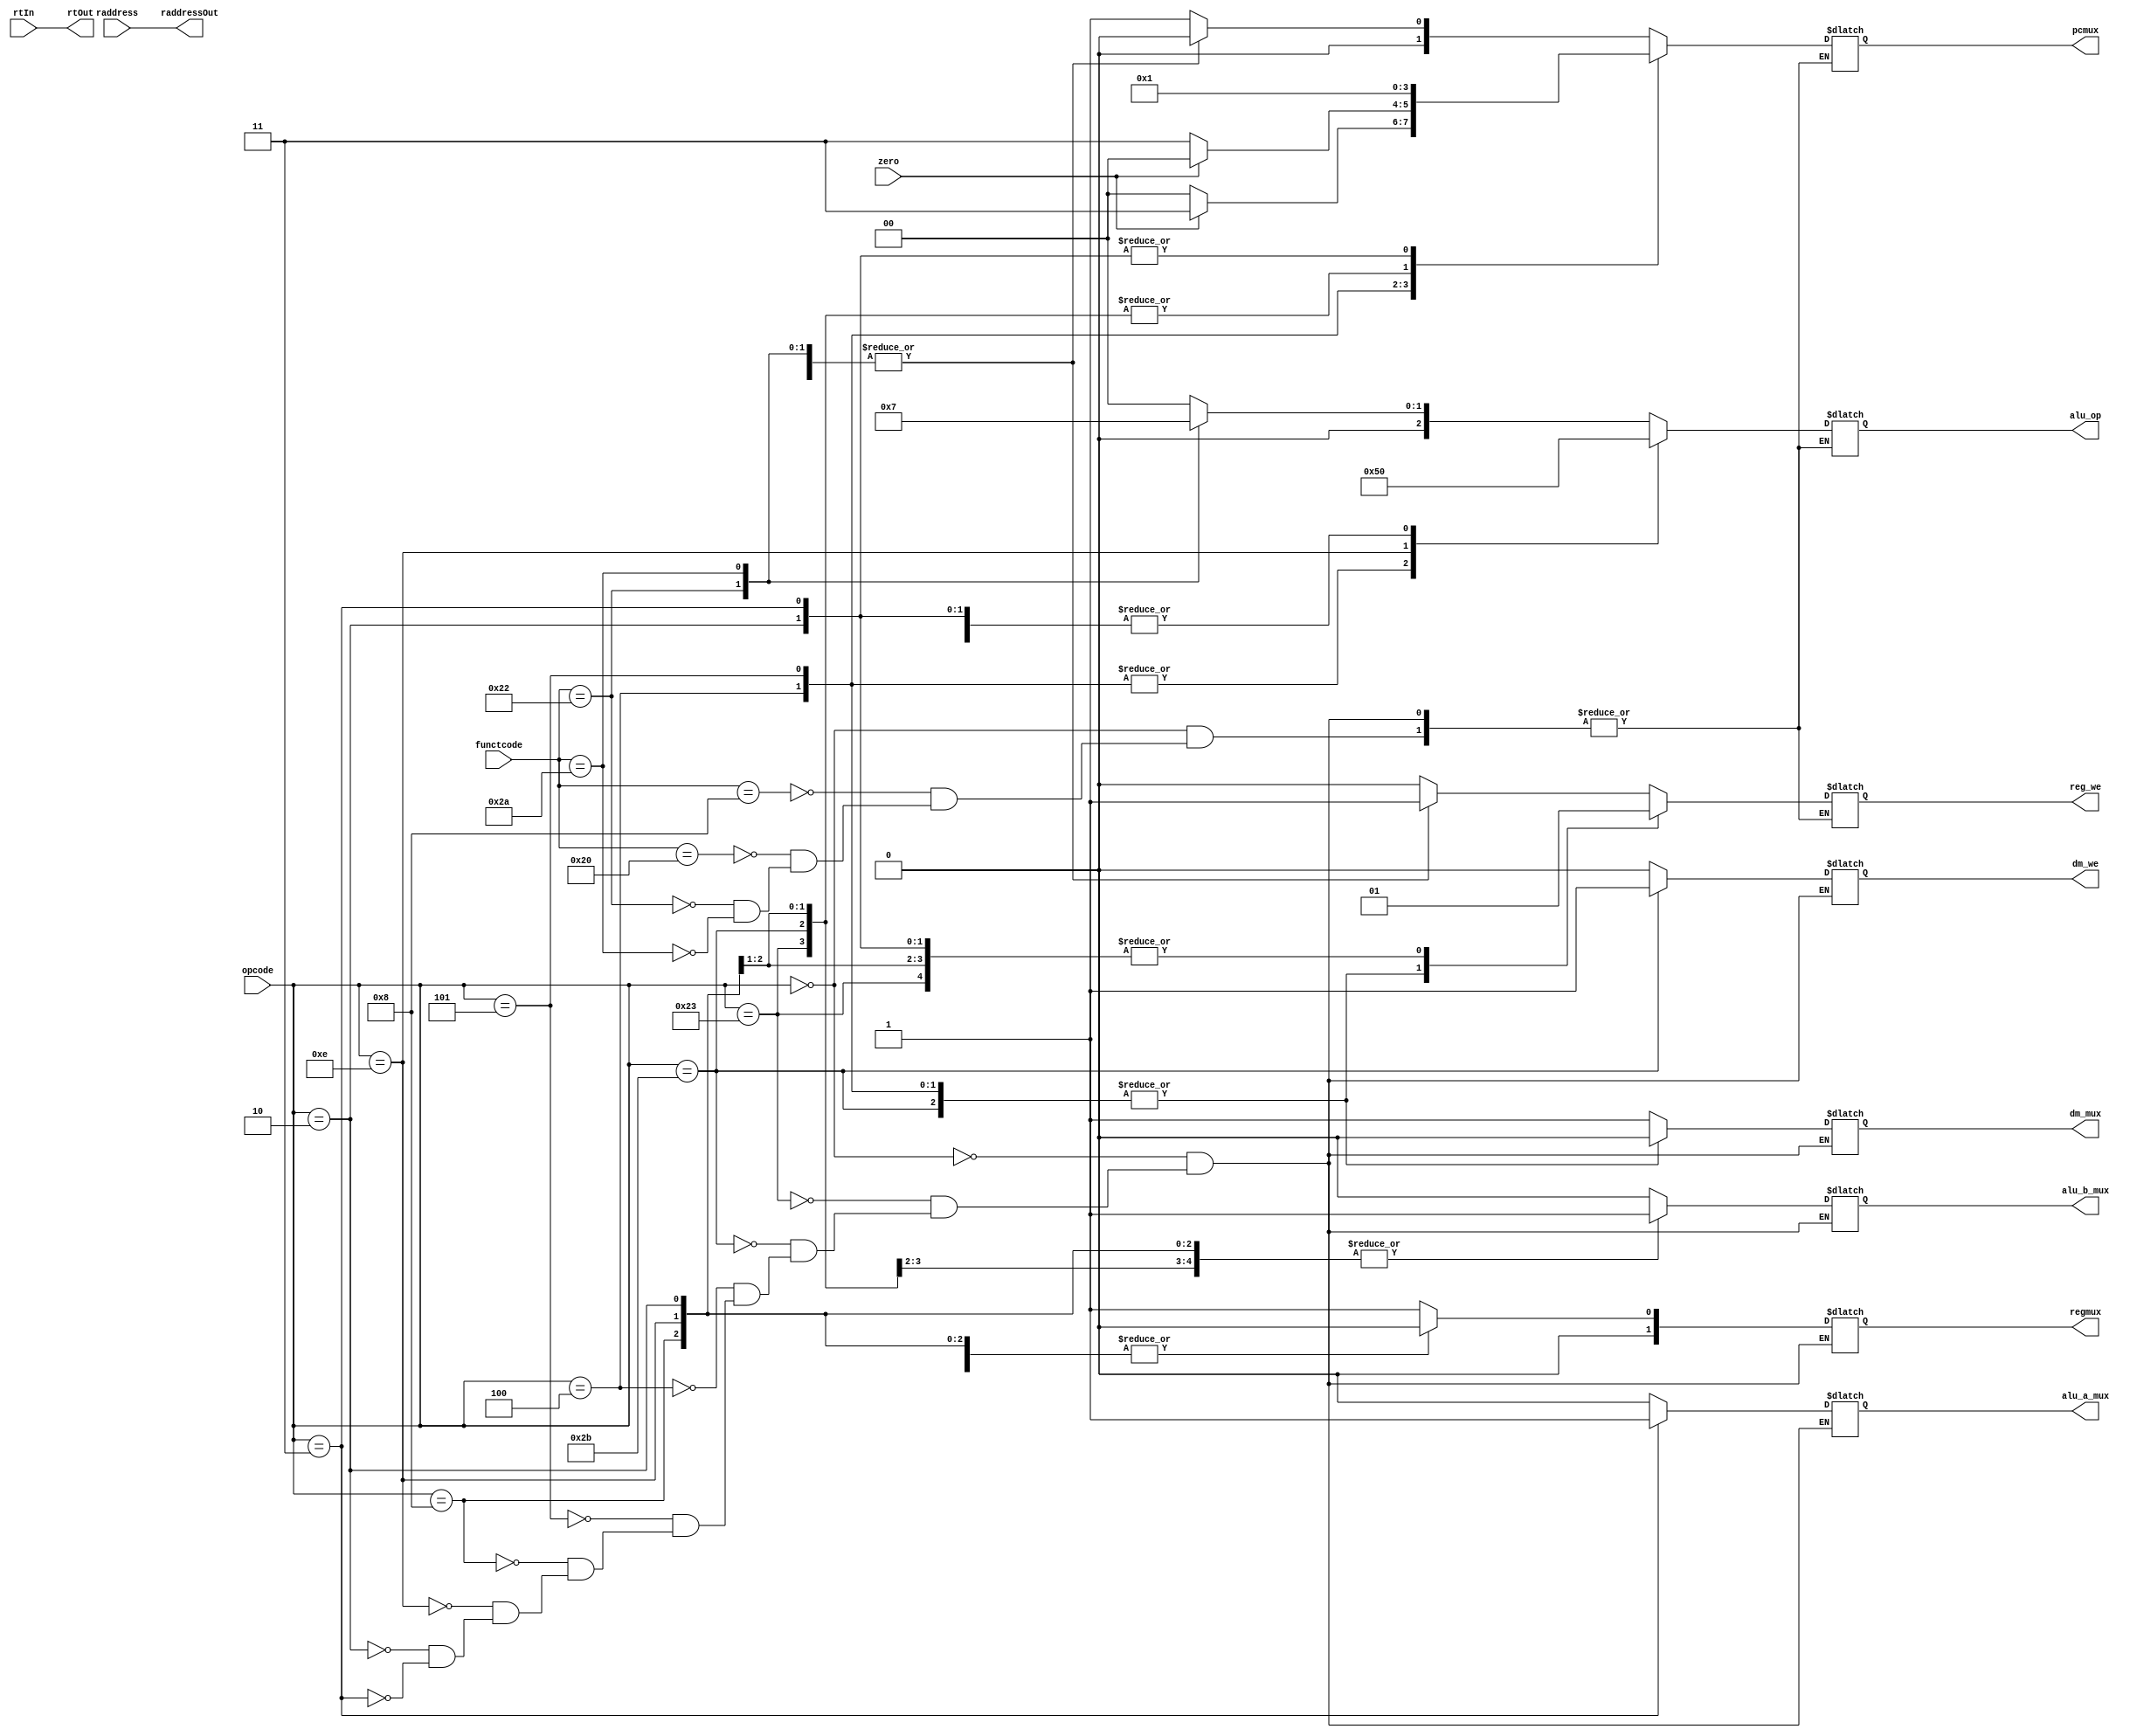
// Finite State Machine Module

// Op Codes
`define RTYPE 6'b0
`define LW 6'h23
`define SW 6'h2b
`define BEQ 6'h4
`define BNE 6'h5
`define ADDI 6'h8
`define XORI 6'he
`define JUMP 6'h2
`define JAL 6'h3

// Funct Codes
`define JR 6'h8
`define SUB 6'h22
`define SLT 6'h2a
`define ADD 6'h20

//ALU Op Codes
`define ADDSIGNAL  3'd0
`define SUBSIGNAL  3'd1
`define XORSIGNAL  3'd2
`define SLTSIGNAL  3'd3
`define ANDSIGNAL  3'd4
`define NANDSIGNAL 3'd5
`define NORSIGNAL  3'd6
`define ORSIGNAL   3'd7


module instructionDecoder(
    input [5:0] opcode,
    input [5:0] functcode,
    input [4:0] raddress,
    input [4:0] rtIn,
    input zero,

    output reg dm_mux, reg_we, alu_a_mux, alu_b_mux, dm_we,
    output reg [1:0] regmux, pcmux,
    output reg [4:0] raddressOut,
    output reg [2:0] alu_op,
    output reg [4:0] rtOut
  );

  wire nzero;
  not not0(nzero, zero);

  initial begin
    pcmux = 2'b0;
    alu_a_mux = 1'b0;
    alu_b_mux = 1'b0;
  end

  always @(*) begin
  raddressOut <= raddress;
  rtOut <= rtIn;
    case(opcode)

      `RTYPE: begin
        dm_we <= 1'b0;
        alu_a_mux <= 1'b0;
        alu_b_mux <= 2'd0;
        dm_mux <= 1'b1;
        regmux <= 2'd1;

        case(functcode)
          `JR: begin
            reg_we <= 1'b0;
            pcmux <= 2'd1;
            alu_op <= 3'd0;
          end

          `ADD: begin
            reg_we <= 1'b1;
            pcmux <= 2'd0;
            alu_op <= `ADDSIGNAL;
          end
          `SUB: begin
            reg_we <= 1'b1;
            pcmux <= 2'd0;
            alu_op <= `SUBSIGNAL;
          end
          `SLT: begin
            reg_we <= 1'b1;
            pcmux <= 2'd0;
            alu_op <= `SLTSIGNAL;
          end

        endcase
      end

      `LW: begin
        reg_we <= 1'b1;
        alu_a_mux <= 1'b0;
        dm_we <= 1'b0;
        dm_mux <= 1'b1;
        alu_b_mux <= 2'd1;
        regmux <= 2'd0;
        pcmux <= 2'd0;
        alu_op <= `ADDSIGNAL;
      end

      `SW: begin
        reg_we <= 1'b0;
        alu_a_mux <= 1'b0;
        dm_we <= 1'b1;
        dm_mux <= 1'b0;
        alu_b_mux <= 2'd1;
        regmux <= 2'b0;
        pcmux <= 2'd0;
        alu_op <= `ADDSIGNAL;
      end

      `BEQ: begin
        reg_we <= 1'b0;
        alu_a_mux <= 1'b0;
        dm_we <= 1'b0;
        dm_mux = 1'b0;
        alu_b_mux <= 2'd0;
        regmux = 2'b0;
        alu_op <= `SUBSIGNAL;
        if(zero) begin
          pcmux <= 2'd3;
        end else begin
          pcmux <= 2'd0;
        end
      end

      `BNE: begin
        reg_we <= 1'b0;
        alu_a_mux <= 1'b0;
        dm_we <= 1'b0;
        dm_mux = 1'b0;
        alu_b_mux <= 2'd0;
        regmux = 2'b0;
        alu_op <= `SUBSIGNAL;
        if(nzero) begin
          pcmux <= 2'd3;
        end else begin
          pcmux <= 2'd0;
        end
      end

      `ADDI: begin
        reg_we <= 1'b1;
        alu_a_mux <= 1'b0; // Changed this to 1 from 0
        dm_we <= 1'b0;
        dm_mux <= 1'b1;
        alu_b_mux = 2'd1;
        regmux <= 2'b0;
        pcmux <= 2'd0;
        alu_op <= `ADDSIGNAL;
      end

      `XORI: begin
        reg_we <= 1'b1;
        alu_a_mux <= 1'b0;
        dm_we <= 1'b0;
        dm_mux <= 1'b1;
        alu_b_mux <= 2'd1;
        regmux <= 2'b0;
        pcmux <= 2'b0;
        alu_op <= `XORSIGNAL;
      end

      `JUMP: begin
        reg_we <= 1'b1;
        alu_a_mux = 1'b0;
        dm_we <= 1'b0;
        dm_mux = 1'b1;
        alu_b_mux = 1'b1;
        regmux = 1'b0;
        pcmux <= 2'b1;
        alu_op <= `ADDSIGNAL;
      end

      `JAL: begin
        reg_we <= 1'b1;
        alu_a_mux <= 1'b1;
        dm_we <= 1'b0;
        dm_mux <= 1'b1;
        alu_b_mux <= 2'd2;
        regmux <= 2'b1;
        pcmux <= 2'b1;
        alu_op <= `ADDSIGNAL;
      end

    endcase
  end

endmodule